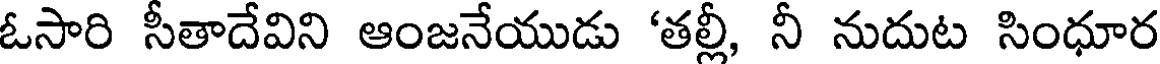
ఓసారి సీతాదేవిని ఆంజనేయుడు 'తల్లీ, నీ నుదుట సింధూర